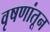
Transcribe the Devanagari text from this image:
वृषणांतून